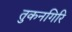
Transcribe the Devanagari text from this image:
तुकनगिरि